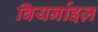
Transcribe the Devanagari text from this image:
बियर्नाइज़